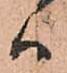
ハ